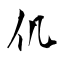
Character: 仉